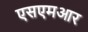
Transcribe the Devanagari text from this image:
एसएमआर